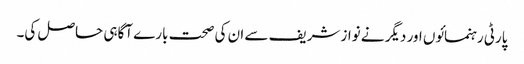
پارٹی رہنمائوں اور دیگر نے نواز شریف سے ان کی صحت بارے آگاہی حاصل کی۔